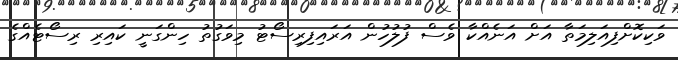
ވަކިކޮށްފިއަލިމަތާ އަށް އަނެއްކާ ވެސް ފުލުހުން އަރައިފިރިސޯޓު މިވަގުތު ހިންގަނީ ކައިރި ރިސޯޓެއްގެ